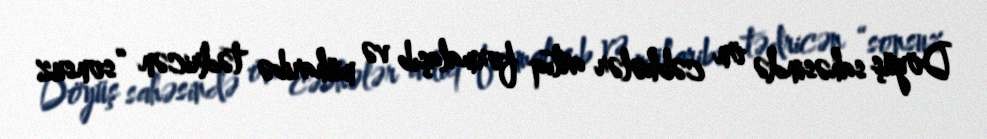
Döyüş sahəsində ön cəbhələr artıq formalaşıb və müharibə tədricən “sonsuz